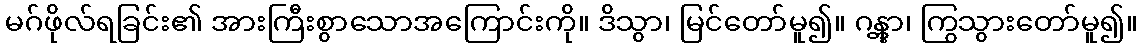
မဂ်ဖိုလ်ရခြင်း၏ အားကြီးစွာသောအကြောင်းကို။ ဒိသွာ၊ မြင်တော်မူ၍။ ဂန္တွာ၊ ကြွသွားတော်မူ၍။